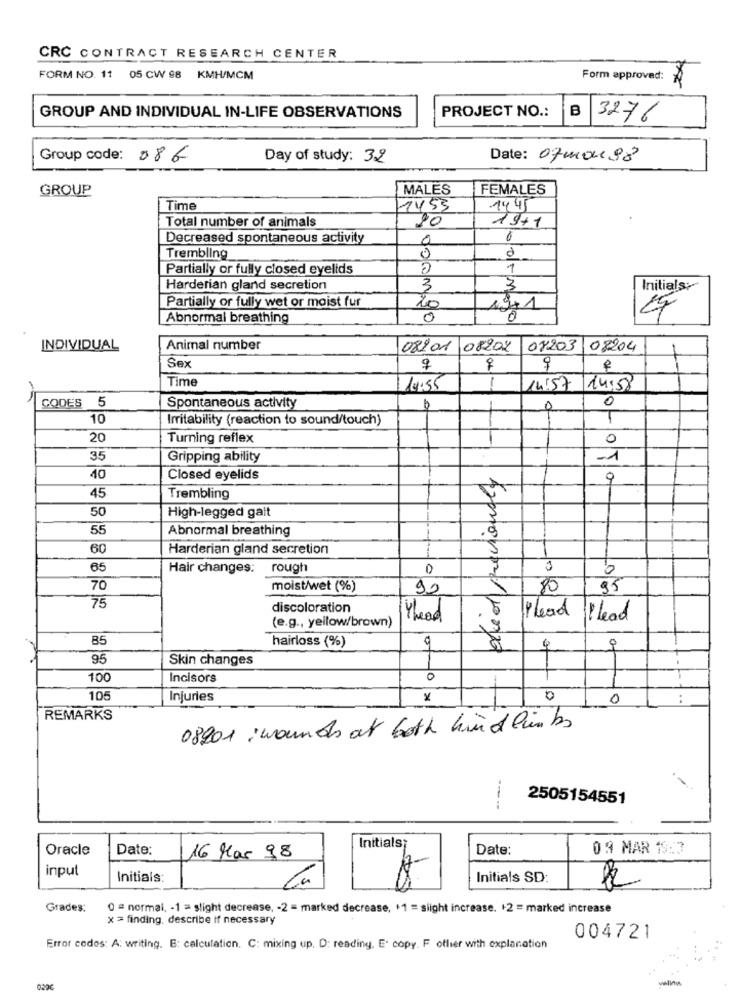
CRC CONTRACT RESEARCH CENTER
FORM NO. 11 05 CW 98 KMH/MCM
Form approved:
PROJECT NO .:
GROUP AND INDIVIDUAL IN-LIFE OBSERVATIONS
B
3276
Group code: 086
Day of study: 3.2
Date: 07mon98
GROUP
MALES
FEMALES
Time
1455
14 45
Total number of animals
10
1971
Decreased spontaneous activity
0
0
Trembling
0
Partially or fully closed eyelids
1
Harderian gland secretion
3
3
Initials:
Partially or fully wet or moist fur
20
Abnormal breathing
0
INDIVIDUAL
Animal number
08201 08207
08203
08204
Sex
9
Time
14:55
14:57 14:58
0
CODES 5
Spontaneous activity
b
0
10
Irritability (reaction to sound/touch)
20
Turning reflex
0
35
Gripping ability
-1
que ol previously
40
Closed eyelids
45
Trembling
50
High-legged gait
55
Abnormal breathing
.9
60
Harderian gland secretion
65
Hair changes: rough
0
0
70
moist/wet (%)
90
80
75
discoloration
(e.g ., yellow/brown)
Yhead
Plead
Plead
85
hairloss (%)
4
0
95
Skin changes
100
Incisors
0
105
Injuries
x
0
REMARKS
08201 ;wounds at both hindlimbs
2505154551
----.
Oracle
Date:
Initials;
Date:
09 MAR 19:3
16 Mar 98
input
Initials:
Initials SD:
Grades:
0 = normal, - 1 = slight decrease, - 2 = marked decrease, +1 = slight increase. +2 = marked increase
x = finding. describe if necessary
004721
Error codes: A: writing. E: calculation. C: mixing up. D: reading. E' copy. F other with explanation
will
022C